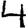
Digit: 4